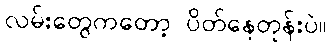
လမ်းတွေကတော့ ပိတ်နေတုန်းပဲ။